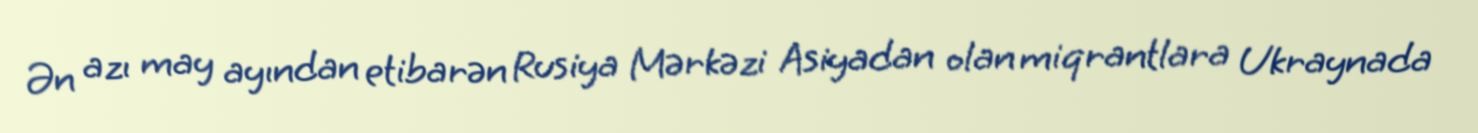
Ən azı may ayından etibarən Rusiya Mərkəzi Asiyadan olan miqrantlara Ukraynada